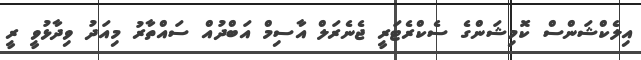
އިލެކްޝަންސް ކޮމިޝަންގެ ސެކްރެޓަރީ ޖެނެރަލް އާސިމް އަބްދުއް ސައްތާރު މިއަދު ވިދާޅުވީ ރީ